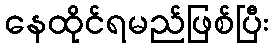
နေထိုင်ရမည်ဖြစ်ပြီး